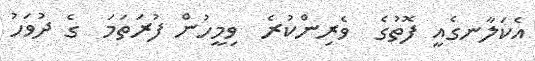
އެކަލާނގެއީ ފޮތުގެ  ވެރިންކުރެ  ވިމީހުން ފުރަތަމަ  ގެ ދުވަހު